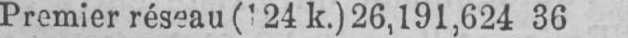
Premier réseau (124 k.) 26,191,624 36